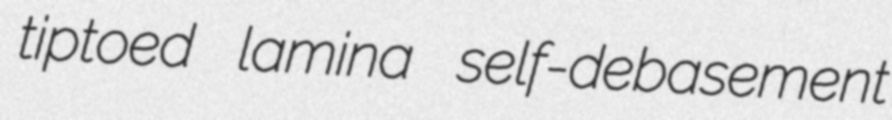
tiptoed lamina self-debasement